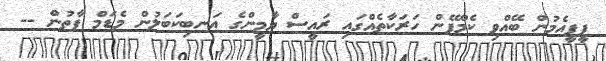
ޕީޕީއެމުން ބޭއްވި ކެމްޕޭން ހަރަކާތެއްގައި ރައީސް ޔާމީންގެ އަނބިކަބަލުން މެޑަމް ފާތުން --